Annual report of the Punjab Veterinary College and of the Civil Veterinary Department, Punjab - 1926-1932
Year: 1926
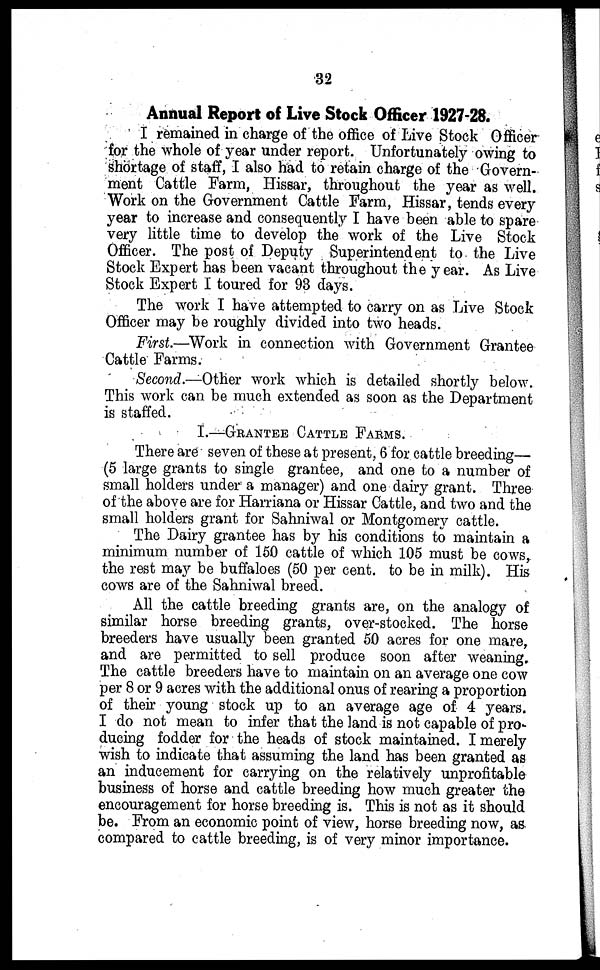
32
Annual Report of Live Stock Officer 1927-28.
I remained in charge of the office of Live Stock Officer
for the whole of year under report. Unfortunately owing to
shortage of staff, I also had to retain charge of the Govern-
ment Cattle Farm, Hissar, throughout the year as well.
Work on the Government Cattle Farm, Hissar, tends every
year to increase and consequently I have been able to spare
very little time to develop the work of the Live Stock
Officer. The post of Deputy Superintendent to the Live
Stock Expert has been vacant throughout the year. As Live
Stock Expert I toured for 93 days.
The work I have attempted to carry on as Live Stock
Officer may be roughly divided into two heads.
First.—Work in connection with Government Grantee
Cattle Farms.
Second.—Other work which is detailed shortly below.
This work can be much extended as soon as the Department
is staffed.
I.—GRANTEE CATTLE FARMS.
There are seven of these at present, 6 for cattle breeding—
(5 large grants to single grantee, and one to a number of
small holders under a manager) and one dairy grant. Three
of the above are for Harriana or Hissar Cattle, and two and the
small holders grant for Sahniwal or Montgomery cattle.
The Dairy grantee has by his conditions to maintain a
minimum number of 150 cattle of which 105 must be cows,
the rest may be buffaloes (50 per cent. to be in milk). His
cows are of the Sahniwal breed.
All the cattle breeding grants are, on the analogy of
similar horse breeding grants, over-stocked. The horse
breeders have usually been granted 50 acres for one mare,
and are permitted to sell produce soon after weaning.
The cattle breeders have to maintain on an average one cow
per 8 or 9 acres with the additional onus of rearing a proportion
of their young stock up to an average age of 4 years.
I do not mean to infer that the land is not capable of pro-
ducing fodder for the heads of stock maintained. I merely
wish to indicate that assuming the land has been granted as
an inducement for carrying on the relatively unprofitable
business of horse and cattle breeding how much greater the
encouragement for horse breeding is. This is not as it should
be. From an economic point of view, horse breeding now, as
compared to cattle breeding, is of very minor importance.